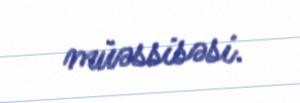
müəssisəsi.